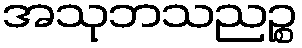
အသုဘသညဉ္စ